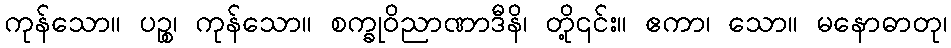
ကုန်သော။ ပဉ္စ၊ ကုန်သော။ စက္ခုဝိညာဏာဒီနိ၊ တို့၎င်း။ ဧကာ၊ သော။ မနောဓာတု၊